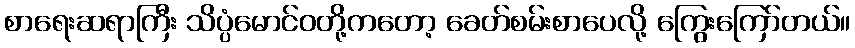
စာရေးဆရာကြီး သိပ္ပံမောင်ဝတို့ကတော့ ခေတ်စမ်းစာပေလို့ ကြွေးကြော်တယ်။